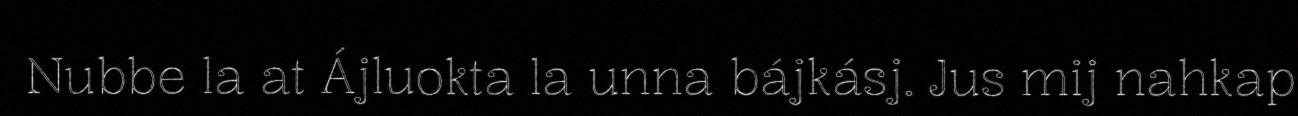
Nubbe la at Ájluokta la unna bájkásj. Jus mij nahkap